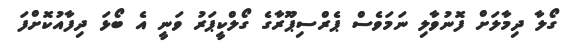
ގޯލާ ދިމާލަށް ފޮނުވާލި ނަމަވެސް ޕެރްސިޕޫރާގެ ގޯލްކީޕަރު ވަނީ އެ ބޯޅަ ދިފާއުކޮށްފަ